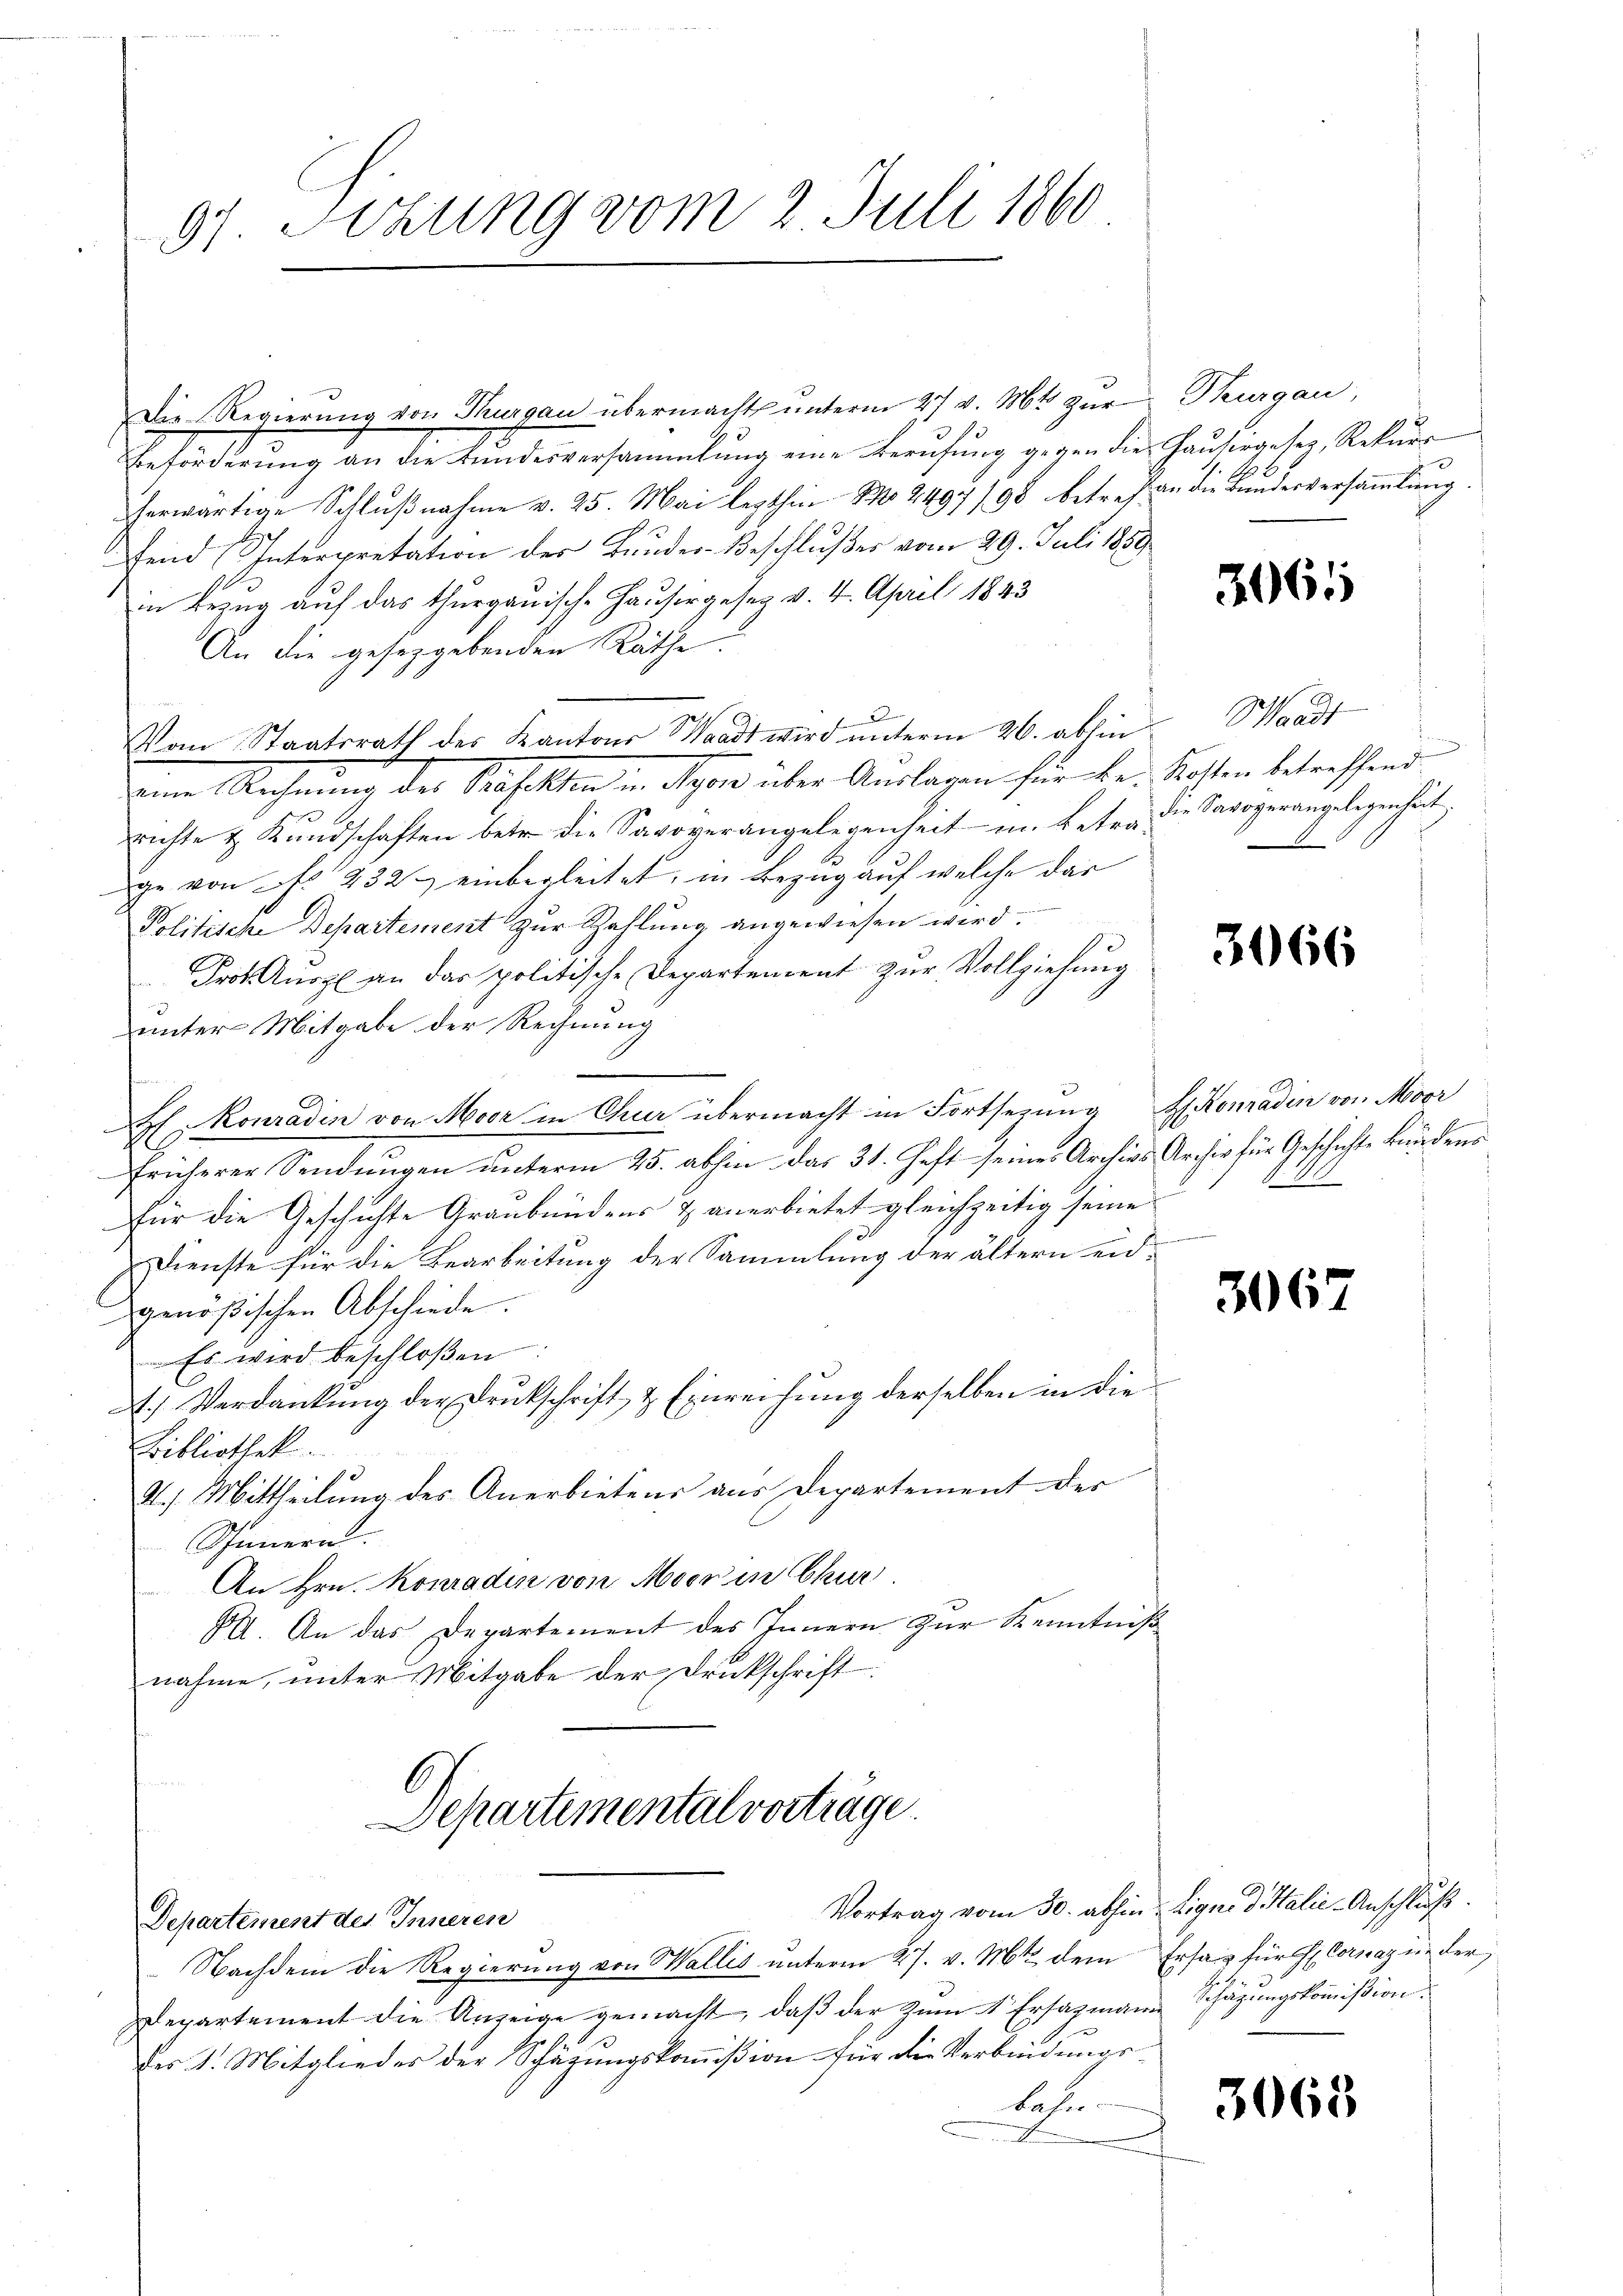
97. Setzung vom 2. Juli 1860

Die Regierung von Thurgau übermachte unterm 27 v. Mt. zur Thurgau,
Beförderŭng an die Landesversammlung eine Berufung gegen die Hausergeser, Rekŭrs
herwärtige Schlŭβnahme v. 25. Mai lezthin No 2497/98 betref an die Bundesversaṁlŭng.
fend Interpretation des Bundes-Beschlußes vom 29. Juli 1859
in Bezug auf das thurgauische Hausergesetz v. 4. April 1843
An die gesetzgebenden Räthe.
Vom Staatsrath des Kantons Waadt wird ŭnterm 26. abhin Waadt
dem Rechnung der Seifelten in eigen über Auslagen für bei Kosten betreffend
richte & Kŭndschaften betr. die Savoyerangelegenheit u. Betra die Savoyerangelegenheit.
ge von f. 232. einbegleitet, in Bezug auf welche das
Politische Departement zur Zahlung angewiesen wird.
Prot. Auspl an das politische Departement zur Vollziehung
u
unter Mitgabe der Rechnung
A Konradin von Moor in Chur übermacht in Fortsezung Konradin von Moor
früherer Sendungen unterm 25. abhin das 31. Heft seines Archivs Archiv für Geschichte kundend
für die Geschichte Graubündens & anerbietet gleichzeitig seine
Dienste für die Bearbeitung der Sammlung der ältern eid-
genößischen Abschiede.
Es wird beschloßen:
A.) Verdankung der Drukschrift & Einreichung derselben in die
Bibliothek.
2.) Mittheilung des Anerbietens aus Departement der
Spinnern.
An Hrn. Konradin von Moor in Chur
X. An das Departement des Innern zur Kenntniß
nahme, unter Mitgabe der Druckschrift:
Departemental vortrage.
Vortrag vom 30. abhin - Ligno d. Halic-Anschluß.
Departement des Inneren
Nachdem die Regierung von Wallis ŭnterm 27. v. Mts. dem Ersatz für Corazin der
Departement die Anzeige gemacht, daβ der zum 1 Ersatzmann Schäzŭngskommißion.
des 1. Mitglieder der Schäzŭngskommißion für die Verbindungslahr.

A

3065

3066

3067

3068